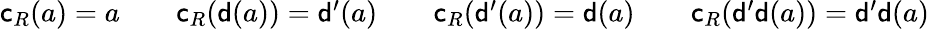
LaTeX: \begin{array}{rlrlrlr}{\mathsf{c}_{R}(a)=a}&{}&{\mathsf{c}_{R}(\mathsf{d}(a))=\mathsf{d}^{\prime}(a)}&{}&{\mathsf{c}_{R}(\mathsf{d}^{\prime}(a))=\mathsf{d}(a)}&{}&{\mathsf{c}_{R}(\mathsf{d}^{\prime}\mathsf{d}(a))=\mathsf{d}^{\prime}\mathsf{d}(a)}\end{array}